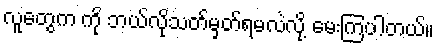
လူတွေက ကို ဘယ်လိုသတ်မှတ်ရမလဲလို့ မေးကြပါတယ်။